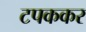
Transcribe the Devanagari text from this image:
टपककर